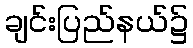
ချင်းပြည်နယ်၌